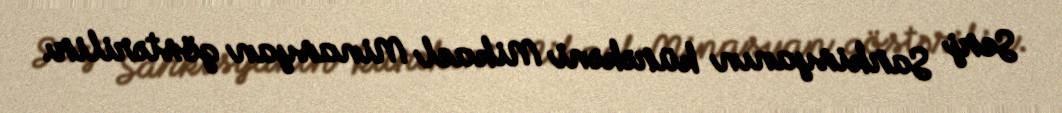
Serj Sarkisyanın kürəkəni Mikael Minasyan göstərilir.